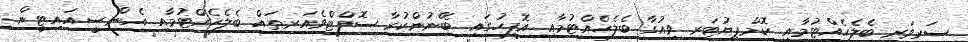
ސަރވަރ ބެލެހެއްޓުމާއި ކޮމްޕިޔުޓަރ ވިއުގާ ބެލެހެއްޓުމާއި އޮފީހުގައި ބޭނުންކުރާ ސޮފްޓްވެއަރތައް ބެލެހެއްޓުމާއި އެން.ސީ.އައި.ޓީން